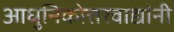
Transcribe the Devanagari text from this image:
आधुनिकोत्तरवाद्यांनी